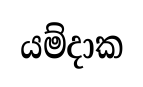
යම්දාක